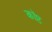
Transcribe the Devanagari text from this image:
कॉप्ट